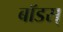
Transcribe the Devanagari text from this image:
बॉडस्